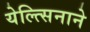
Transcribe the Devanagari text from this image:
येल्त्सिनाने